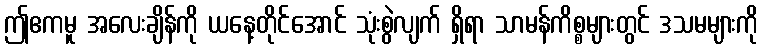
ဤဧကမူ အလေးချိန်ကို ယနေ့တိုင်အောင် သုံးစွဲလျက် ရှိရာ သာမန်ကိစ္စများတွင် ဒသမများကို